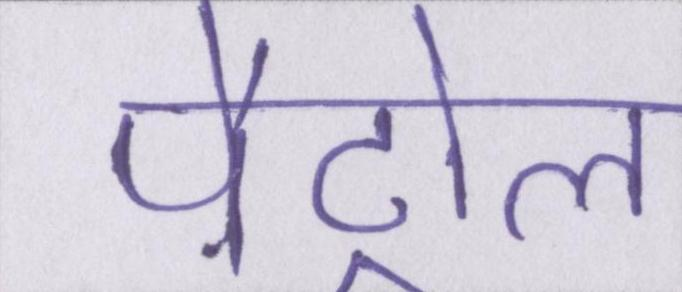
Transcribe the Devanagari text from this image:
पैट्रोल